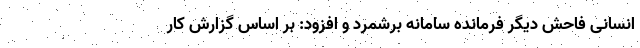
انسانی فاحش دیگر فرمانده سامانه برشمرد و افزود: بر اساس گزارش کار